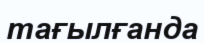
тағылғанда